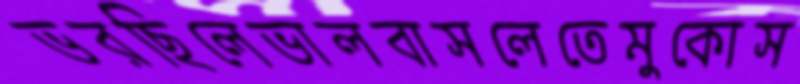
ভরছিলেভালবাসলেতেমুকোস